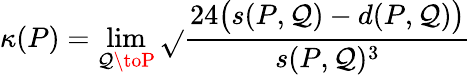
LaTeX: \kappa(P)=\operatorname*{lim}_{\mathcal{Q}\toP}{\sqrt{}{{\frac{{24{\bigl(}s(P,\mathcal{Q})-d(P,\mathcal{Q}){\bigr)}}}{{s(P,\mathcal{Q})^{3}}}}}}